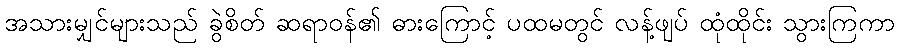
အသားမျှင်များသည် ခွဲစိတ် ဆရာဝန်၏ ဓားကြောင့် ပထမတွင် လန့်ဖျပ် ထုံထိုင်း သွားကြကာ